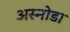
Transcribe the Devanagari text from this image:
अस्नोडा